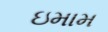
ઇમામ